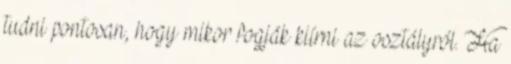
tudni pontosan, hogy mikor fogják kiírni az osztályról. Ha